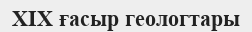
XIX ғасыр геологтары